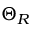
\displaystyle { \Theta } _ { R }